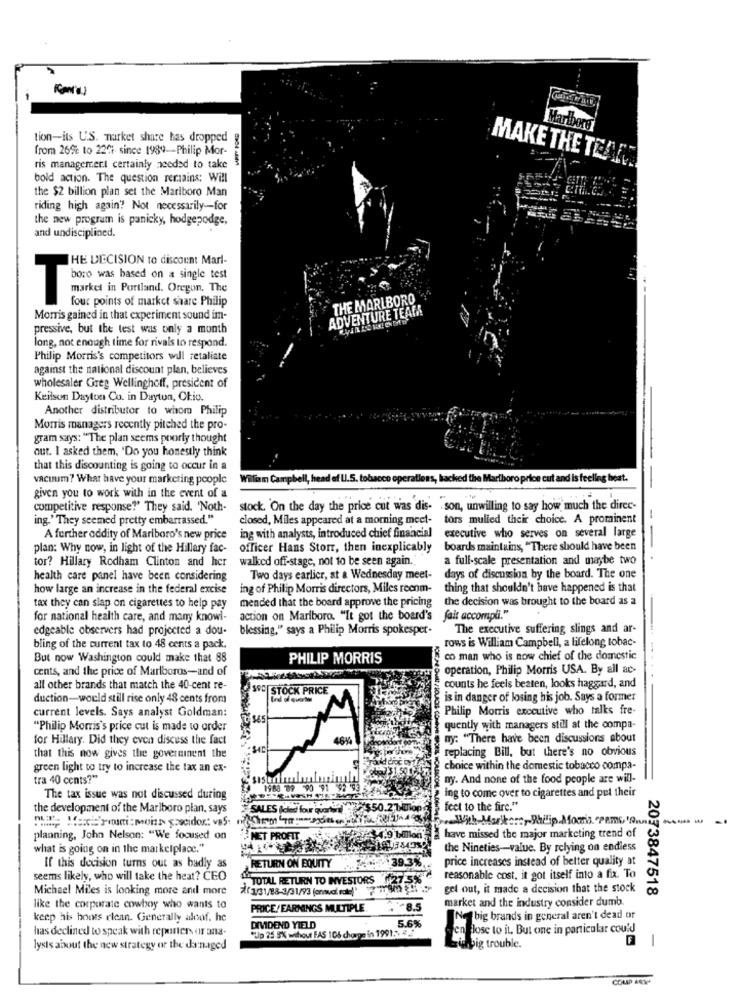
Kan'a
Marlboro
tion-its U.S. market share has dropped
from 265℃ to 220% since 1989-Philip Mor-
MAKE THE TESTS
ris managercert certainly needed to take
bold action. The question remains; Will
the $2 billion plan set the Mariboro Man
riding high again? Not necessarily -- for
the new program is panicky, hodgepodge,
and undisciplined.
HE DECISION to discount Marl-
market in Portland, Oregon. The
Twe was based on a single test
four points of market share Philip
THE MARLBORO
ADVENTURE TEAM
Morris gained in that experiment sound im-
pressive, but the test was only a month
long, not enough time for rivais to respond.
Philip Morris's competitors will retaliate
against the national discount plan, believes
wholesaler Greg Wellinghoff, president of
Keilson Dayton Cu. in Dayton, Ohio.
Another distributor to whom Philip
Morris managers recently pitched the pro-
gram says: "The plan seems poorly thought
aut. I asked them, 'Do you honestly think
that this discounting is going to occur in a
vacuum? What have your markering people
William Campbell, head of U.S. tobacco operations, backed the Marlboro price cut and is feeling heat.
--
given you to work with in the event of a
competitive response?' They said. "Noth-
stock. 'On the day the price cut was dis- . son, unwilling to say how much the direc-
ing.' They seemed pretty embarrassed."
closed, Miles appeared at a morning meet- tors mulled their choice. A prominent
A further oddity of Marlboro's new price
ing with analysts, introduced chief financial executive who serves on several large
plan: Why now, in light of the Hillary fac- officer Hans Storr, then inexplicably
boards maintains, "There should have been
tor? Hillary Rodham Clinton and her
walked off-stage, not to be seen again.
a full-scale presentation and maybe two
--.
health care panel have been considering
Two days earlier, at a Wednesday meet-
days of discussion by the board. The one
how large an increase in the federal excise
ing of Philip Morris directors, Miles recom-
thing that shouldn't have happened is that
the decision was brought to the board as a
tax they can slap on cigarettes to help pay
mended that the board approve the pricing
for national health care, and many knowi-
action on Marlboro. "It got the board's fait accompli."
edgeable observers had projected a dou-
blessing," says a Philip Morris spokesper-
The executive suffering slings and ar-
rows is William Campbell, a lifelong tobac-
bling of the current tax to 48 cents a pack.
But now Washington could make that 88
PHILIP MORRIS
co man who is now chief of the domestic
cents, and the price of Marlboros-and of
operation, Philip Morris USA. By all ac-
all other brands that match the 40-cent re-
SFC|STOCK PRICE
counts he feels beaten, looks haggard, and
duction-would still rise only 48 cents from
is in danger of losing his job. Says a former
current levels. Says analyst Goldman:
Philip Morris executive who talks fre-
"Philip Morris's price cut is made to order
quently with managers still at the compa-
for Hillary. Did they even discuss the fact
46%
my: "There have been discussions about
that this now gives the government the
replacing Bill, but there's no obvious
green light to try to increase the tax an ex-
choice within the domestic tobacco compa-
tra 40 cents?"
ny. And none of the food people are will-
1988 89 90 91
The tax issue was not discussed during
ing to come over to cigarettes and put their
the development of the Marlboro plan, says
SALES Icled four
$50.2
feet to the fire."
---
planning, John Nelson: "We focused on
NET PROFIT
4.9 billo
have missed the major marketing trend of
what is going on in the marketplace."
the Nineties-value. By relying on endless
RETURN ON EQUITY
+39.
price increases instead of better quality at
If this decision turns out as badly as
seems likely, who will take the heat? CEO
TOTAL RETURN TO INVESTORS
reasonable cost, it got itself into a fix. To
Michael Miles is looking more and more
(1)31/88-3/31/93 (and ) 77795
gel out, it made a decision that the stock
2073847518
market and the industry consider dumb
like the corporate cowboy who wants to
PRICE/EARNINGS MULTIPLE
keep his hoots clean. Generally aloof. he
5.6%
No big brands in general aren't dead or
has declined to speak with reporters or ana-
DIVIDEND YIELD
Up 25 SX without FAS 106 charge in 1991. 4 .2
n lose to it. But one in particular could
-
lysts about the new strategy or the danaged
unbig trouble.